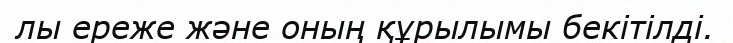
лы ереже және оның құрылымы бекітілді.